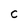
Character: C